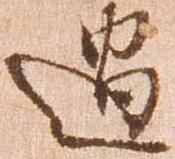
過